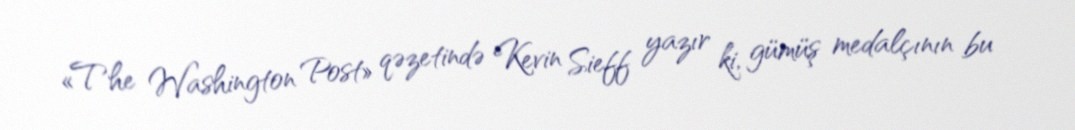
«The Washington Post» qəzetində Kevin Sieff yazır ki, gümüş medalçının bu